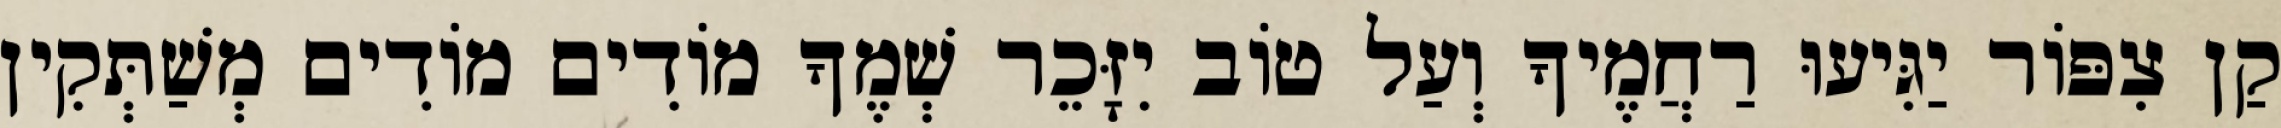
קַן צִפּוֹר יַגִּיעוּ רַחֲמֶיךָ וְעַל טוֹב יִזָּכֵר שְׁמֶךָ מוֹדִים מוֹדִים מְשַׁתְּקִין